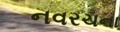
નવરચના